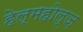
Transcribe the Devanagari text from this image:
हेल्महोल्ज़